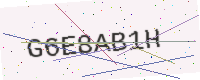
Text: G6E8AB1H